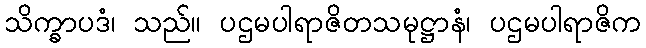
သိက္ခာပဒံ၊ သည်။ ပဌမပါရာဇိတသမုဋ္ဌာနံ၊ ပဌမပါရာဇိက